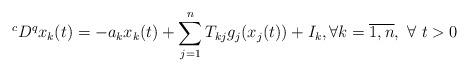
LaTeX: \begin{align*}^{c}D^{q}x_{k}(t)=-a_{k}x_{k}(t)+\sum_{j=1}^{n}T_{kj}g_{j}(x_{j}(t))+I_{k},\forall k=\overline{1,n},~\forall ~t>0 \end{align*}